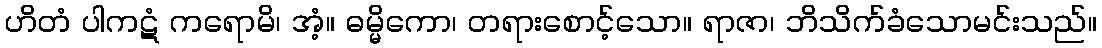
ဟိတံ ပါကဋံ ကရောမိ၊ အံ့။ ဓမ္မိကော၊ တရားစောင့်သော။ ရာဇာ၊ ဘိသိက်ခံသောမင်းသည်။